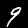
Label: 9